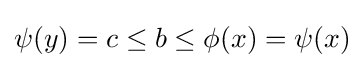
\psi (y)=c\leq b\leq \phi (x)=\psi (x)